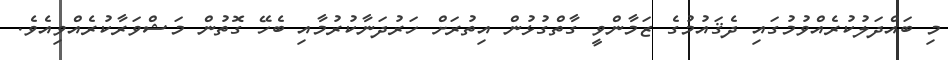
މި ބައްދަލުކުރެއްވުމުގައި ދެޤައުމުގެ ޒަމާންވީ ގާތްގުޅުން އިތުރަށް ހަރުދަނާކުރުމާއި ބެހޭ ގޮތުން މަޝްވަރާކުރެއްވިއެވެ.